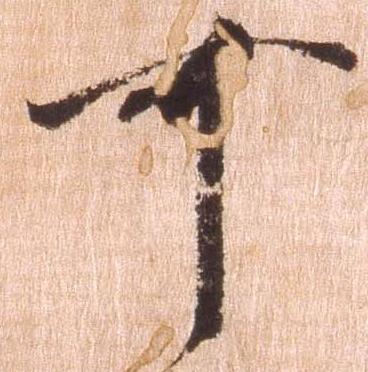
可